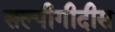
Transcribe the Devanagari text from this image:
सल्पीगीदीस